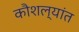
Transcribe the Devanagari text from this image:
कौशल्यांत